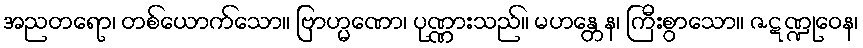
အညတရော၊ တစ်ယောက်သော။ ဗြာဟ္မဏော၊ ပုဏ္ဏားသည်။ မဟန္တေန၊ ကြီးစွာသော။ ဇဋဏ္ဍုဝေန၊